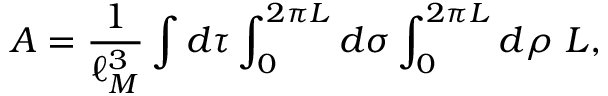
A = { \frac { 1 } { \ell _ { M } ^ { 3 } } } \int d \tau \int _ { 0 } ^ { 2 \pi L } d \sigma \int _ { 0 } ^ { 2 \pi L } d \rho \, \, { \cal L } ,